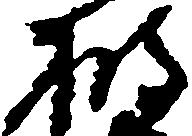
披